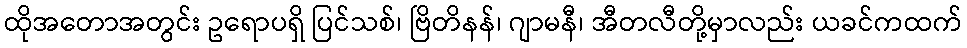
ထိုအတောအတွင်း ဥရောပရှိ ပြင်သစ်၊ ဗြိတိနန်၊ ဂျာမနီ၊ အီတလီတို့မှာလည်း ယခင်ကထက်